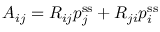
A _ { i j } = R _ { i j } p _ { j } ^ { \mathrm { s s } } + R _ { j i } p _ { i } ^ { \mathrm { s s } }